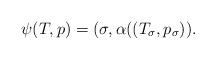
LaTeX: \begin{align*}\psi(T,p) = (\sigma,\alpha((T_\sigma,p_\sigma)).\end{align*}